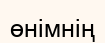
өнімнің